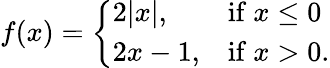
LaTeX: f(x)={\left\{ \begin{array}{ll}{2|x|,}&{{\mathrm{if~}}x\leq 0}\\ {2x-1,}&{{\mathrm{if~}}x>0.}\end{array}\right.}